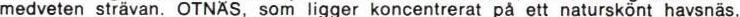
medveten stråvan. OTNÄS, som ligger koncentrerat på ett naturskönt havsnäs